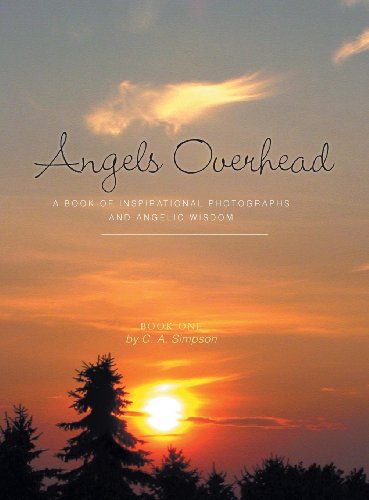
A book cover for Angels Overhead - A Book of Inspirational Photographs and Angelic Wisdom; C. a. Simpson; Science & Math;